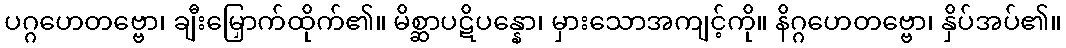
ပဂ္ဂဟေတဗ္ဗော၊ ချီးမြှောက်ထိုက်၏။ မိစ္ဆာပဋိပန္နော၊ မှားသောအကျင့်ကို။ နိဂ္ဂဟေတဗ္ဗော၊ နှိပ်အပ်၏။